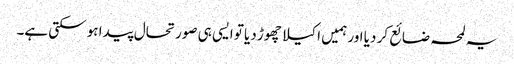
یہ لمحہ ضائع کر دیا اور ہمیں اکیلا چھوڑ دیا تو ایسی ہی صورتحال پیدا ہو سکتی ہے۔